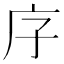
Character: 𭙒